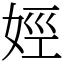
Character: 娙